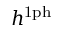
h ^ { \mathrm { 1 p h } }